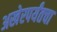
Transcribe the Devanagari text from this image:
अखेरपर्यंतचा